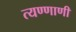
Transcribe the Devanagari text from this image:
त्यण्णाणी